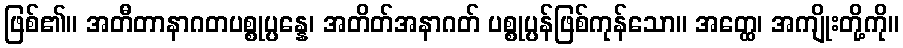
ဖြစ်၏။ အတီတာနာဂတပစ္စုပ္ပန္နေ၊ အတိတ်အနာဂတ် ပစ္စုပ္ပန်ဖြစ်ကုန်သော။ အတ္ထေ၊ အကျိုးတို့ကို။